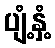
ပျံ့နှံ့